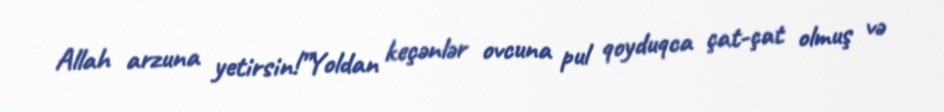
Allah arzuna yetirsin!”Yoldan keçənlər ovcuna pul qoyduqca çat-çat olmuş və